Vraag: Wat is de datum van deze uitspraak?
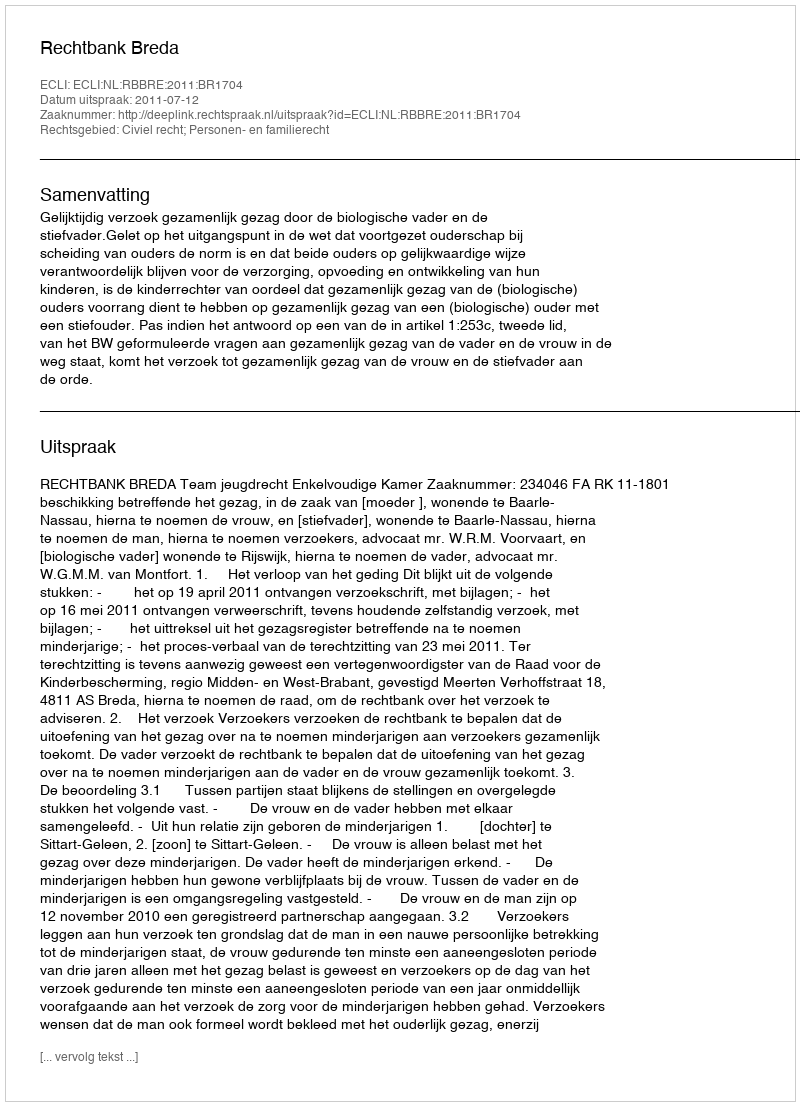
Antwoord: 2011-07-12